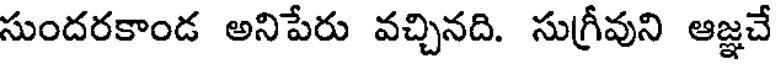
సుందరకాండ అనిపేరు వచ్చినది. సుగ్రీవుని ఆజ్ఞచే